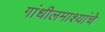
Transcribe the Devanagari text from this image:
गांधीलमाश्यांचे